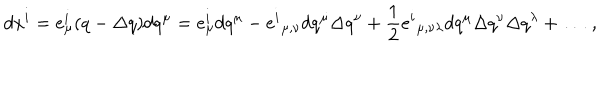
LaTeX: d x ^ { i } = e _ { \mu } ^ { i } ( q - \Delta q ) d q ^ { \mu } = e _ { \mu } ^ { i } d q ^ { \mu } - { e ^ { i } } _ { \mu , \nu } d q ^ { \mu } \Delta q ^ { \nu } + \frac { 1 } { 2 } { e ^ { i } } _ { \mu , \nu \lambda } d q ^ { \mu } \Delta q ^ { \nu } \Delta q ^ { \lambda } + \dots ~ ,